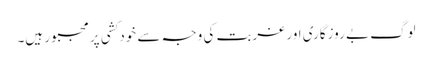
لوگ بے روزگاری اور غربت کی وجہ سے خودکشی پر مجبور ہیں۔